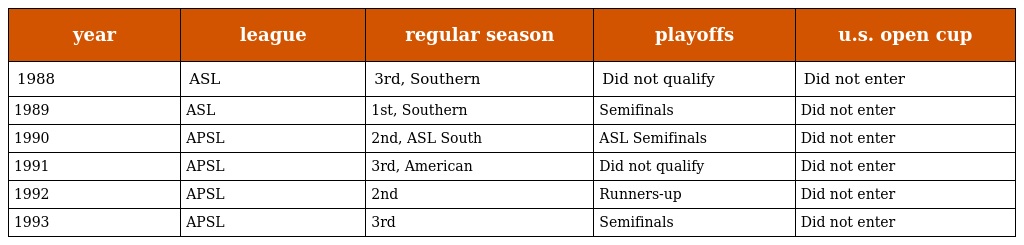
| year | league | regular season | playoffs | u.s. open cup |
 | --- | --- | --- | --- | --- |
 | 1988 | ASL | 3rd, Southern | Did not qualify | Did not enter |
 | 1989 | ASL | 1st, Southern | Semifinals | Did not enter |
 | 1990 | APSL | 2nd, ASL South | ASL Semifinals | Did not enter |
 | 1991 | APSL | 3rd, American | Did not qualify | Did not enter |
 | 1992 | APSL | 2nd | Runners-up | Did not enter |
 | 1993 | APSL | 3rd | Semifinals | Did not enter |